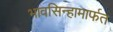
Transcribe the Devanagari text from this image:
भावसिन्हामार्फत